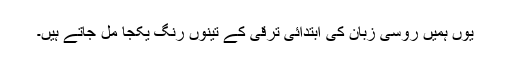
یوں ہمیں روسی زبان کی ابتدائی ترقی کے تینوں رنگ یکجا مل جاتے ہیں۔